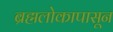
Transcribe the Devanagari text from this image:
ब्रह्मलोकापासून